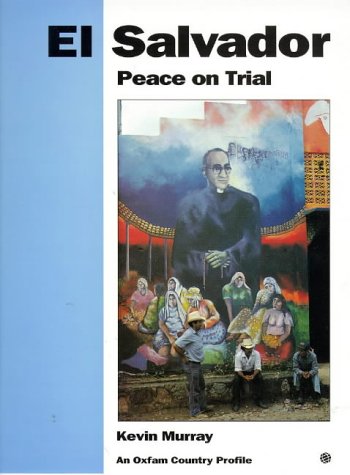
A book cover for El Salvador: Peace on Trial (Oxfam Country Profiles Series); Kevin Murray; Travel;